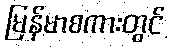
မြန်မာစကားတွင်